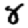
Digit: 8